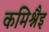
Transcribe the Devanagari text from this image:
कमिश्नैइ